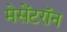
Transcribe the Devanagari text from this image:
मेसेंटरॉन